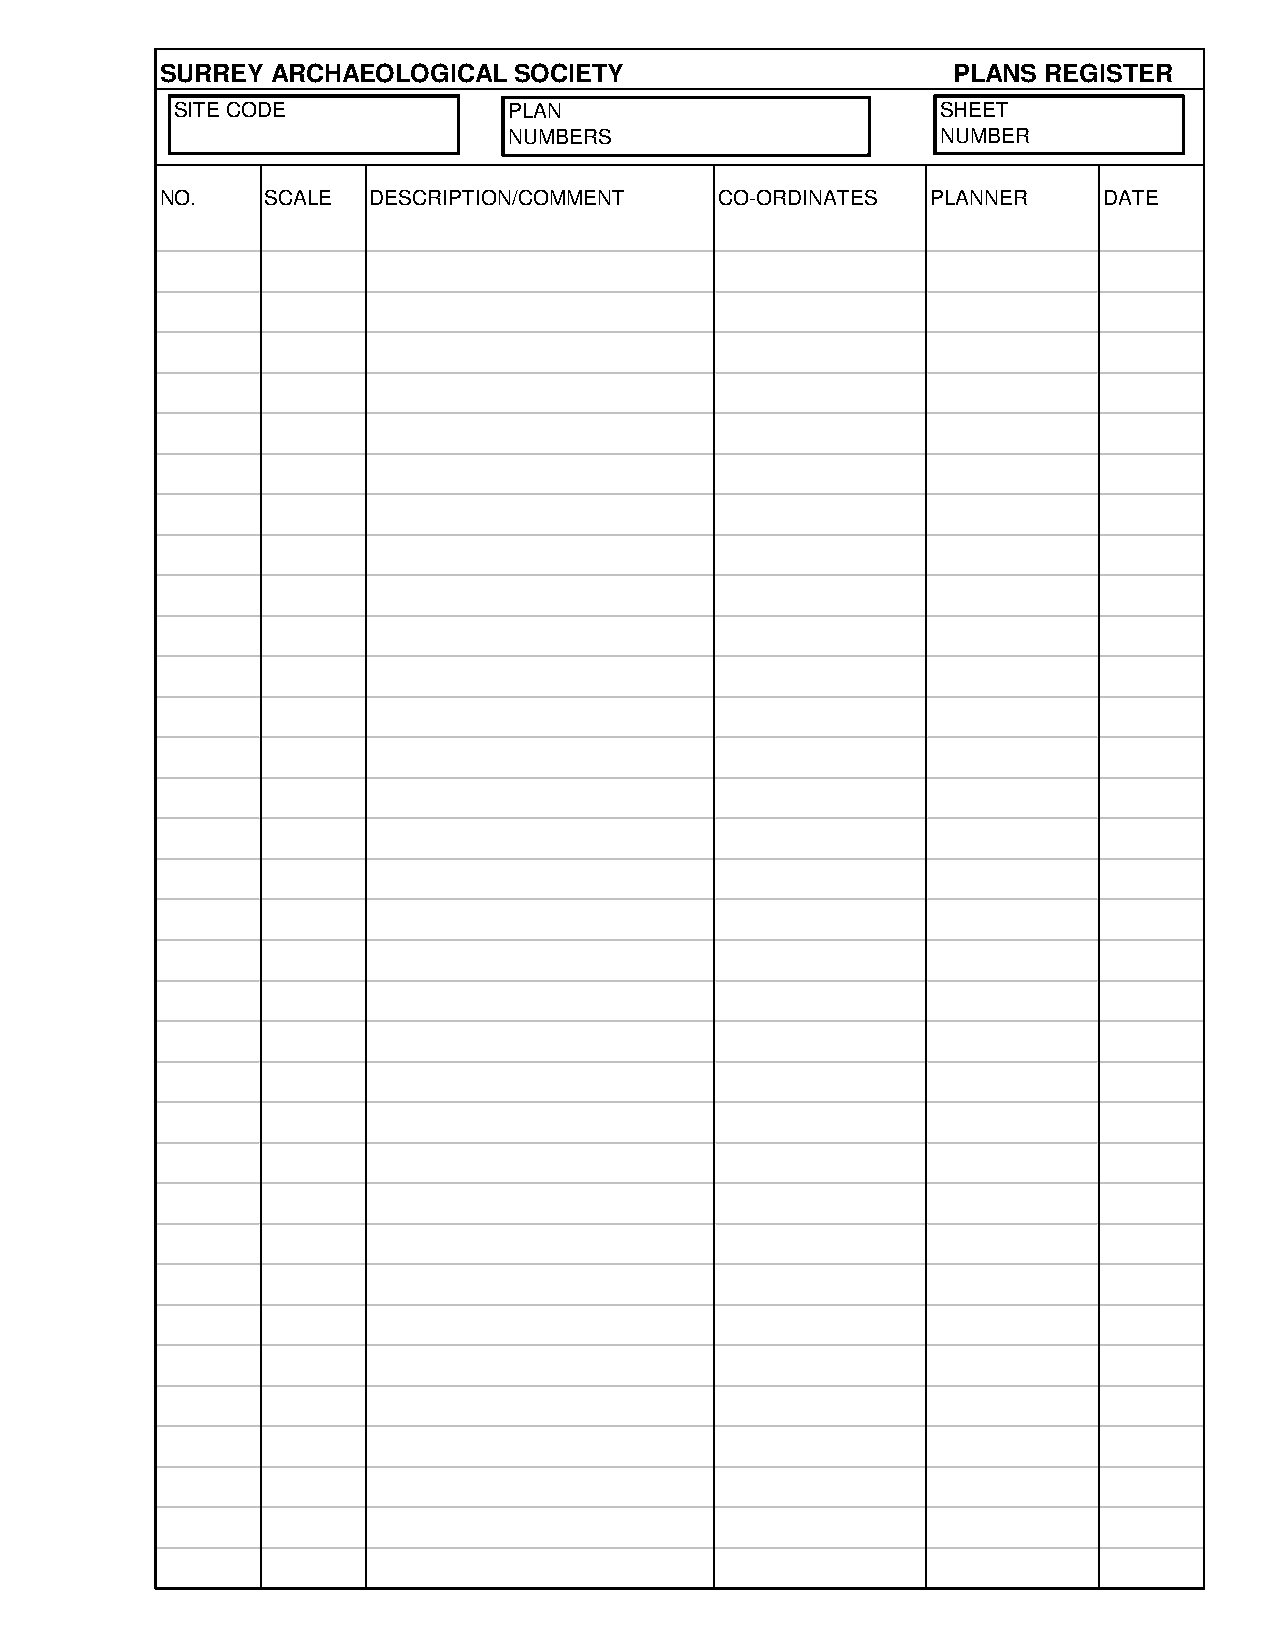
SURREY ARCHAEOLOGICAL  SOCIETY                      PLANS REGISTER
 SITE CODE             PLAN                        SHEET
 NUMBERS                     NUMBER
 NO.    SCALE DESCRIPTION/COMMENT     CO-ORDINATES  PLANNER    DATE